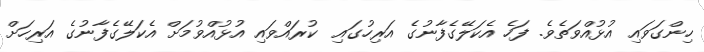
ހިންގަވައި އުޅުއްވަތެވެ. ފަހެ އެކަލޭގެފާނުގެ އަރިހުގައި  ކުރައްވައި އުޅުއްވުމަށް އެކަލޭގެފާނުގެ އަރިހަށް